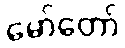
မော်တော်